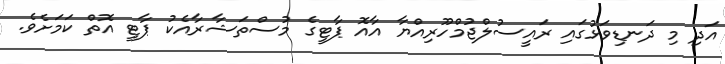
އަދި މި ދަނޑިވަޅުގައި ރައީސުލްޖުމްހޫރިއްޔާ އާއޮ ޕާޓީގެ މުސްތަޝާރާއެކު ޕާޓީ އޮތް ކަމަށެވެ.